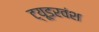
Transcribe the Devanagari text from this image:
ट्यूडरवंश